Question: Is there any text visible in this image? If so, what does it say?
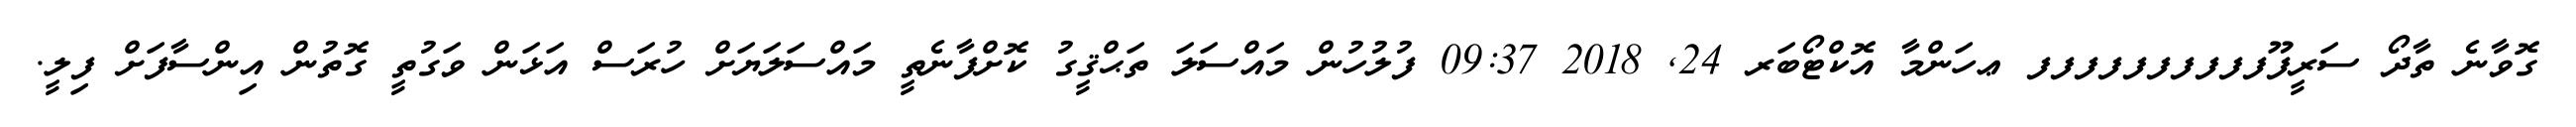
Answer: ގޮވާނެ ތާދޯ ސަރީފޫފފފފފފފފފފ ޢހަންމާ އޮކްޓޯބަރ 24, 2018 09:37 ފުލުހުން މައްސަލަ ތަޙްޤީގު ކޮށްފާނެތީ މައްސަލަޔަށް ހުރަސް އަޅަން ވަގުތީ ގޮތުން އިންސާފަށް ފިލީ.